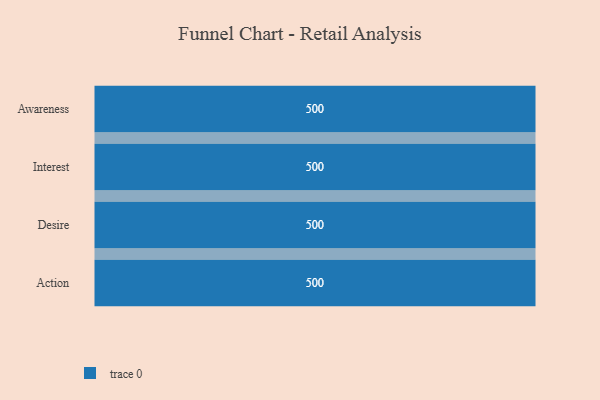
{"axis": {"x": "Stage", "y": "Value"}, "legend": [""], "data": [{"x": "Awareness", "y": 500, "type": ""}, {"x": "Interest", "y": 500, "type": ""}, {"x": "Desire", "y": 500, "type": ""}, {"x": "Action", "y": 500, "type": ""}]}